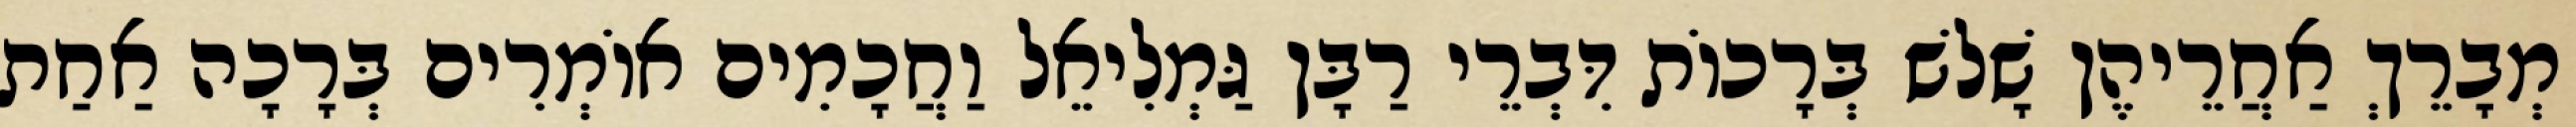
מְבָרֵךְ אַחֲרֵיהֶן שָׁלשׁ בְּרָכוֹת דִּבְרֵי רַבָּן גַּמְלִיאֵל וַחֲכָמִים אוֹמְרִים בְּרָכָה אַחַת